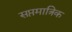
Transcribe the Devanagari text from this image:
सप्तमात्रिक